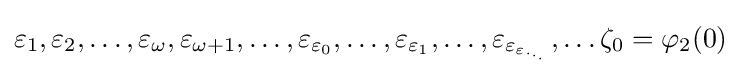
\varepsilon _{1},\varepsilon _{2},\ldots ,\varepsilon _{\omega },\varepsilon _{\omega +1},\ldots ,\varepsilon _{\varepsilon _{0}},\ldots ,\varepsilon _{\varepsilon _{1}},\ldots ,\varepsilon _{\varepsilon _{\varepsilon _{\cdot _{\cdot _{\cdot }}}}},\ldots \zeta _{0}=\varphi _{2}(0)